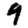
Digit: 9